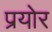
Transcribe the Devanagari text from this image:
प्रयोर